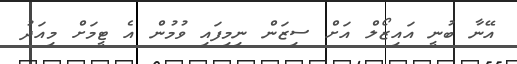
އޭނާ ބުނީ އައިޒޯލް އަށް ސިޒަން ނިމިފައި ވުމުން އެ ޓީމަށް މިއަދު